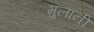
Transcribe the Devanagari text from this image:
मुलानी